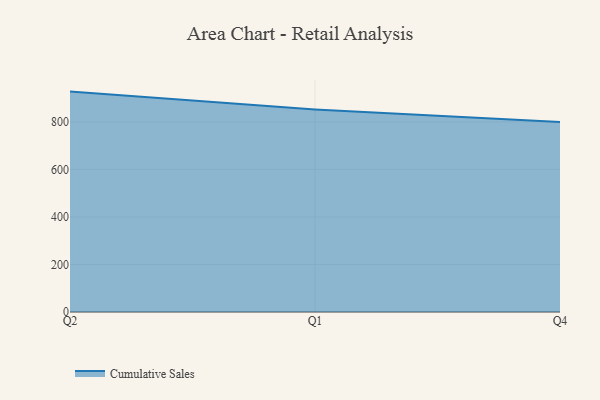
{"axis": {"x": "Quarter", "y": "Satisfaction Score"}, "legend": ["Cumulative Sales"], "data": [{"x": "Q2", "y": 927.5, "type": "Cumulative Sales"}, {"x": "Q1", "y": 852.4, "type": "Cumulative Sales"}, {"x": "Q4", "y": 800, "type": "Cumulative Sales"}]}